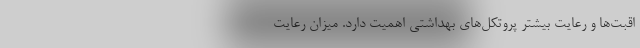
اقبت‌ها و رعایت بیشتر پروتکل‌های بهداشتی اهمیت دارد. میزان رعایت